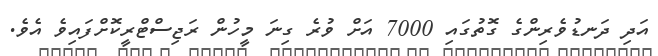
އަދި ދަނޑުވެރިންގެ ގޮތުގައި 7000 އަށް ވުރެ ގިނަ މީހުން ރަޖިސްޓްރީކޮށްފައިވެ އެވެ.